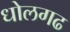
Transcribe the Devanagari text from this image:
धोलगढ